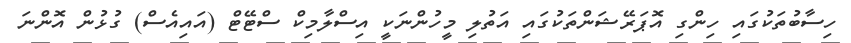
ހިސާބުތަކުގައި ހިންގި އޮޕަރޭޝަންތަކުގައި އަތުލި މީހުންނަކީ އިސްލާމިކް ސްޓޭޓް (އައިއެސް) ގުޅުން އޮންނަ